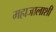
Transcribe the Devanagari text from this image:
महाजालाशी